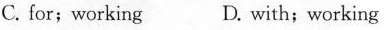
C. for;working D. with;working